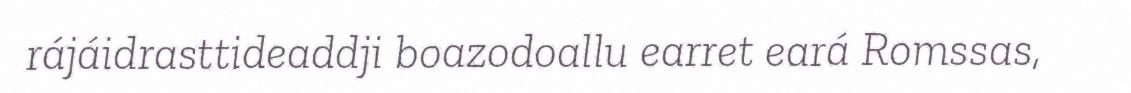
rájáidrasttideaddji boazodoallu earret eará Romssas,